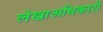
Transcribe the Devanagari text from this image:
लेखाअधिकारी